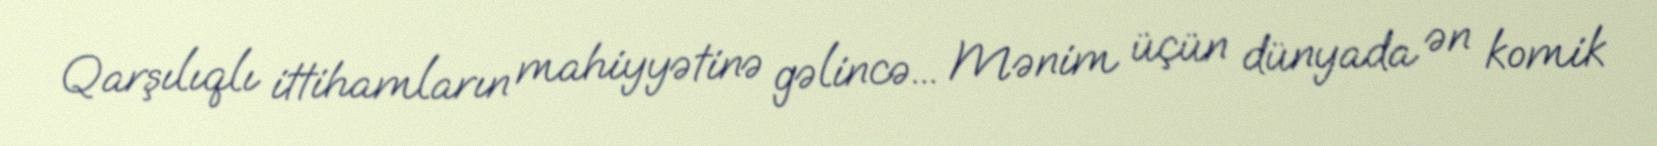
Qarşılıqlı ittihamların mahiyyətinə gəlincə... Mənim üçün dünyada ən komik